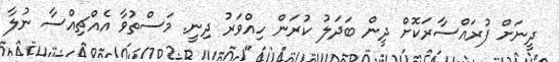
ދީނަށް ފުރައްސާރަކޮށް ދީން ބަދަލު ކުރަން ހިއްވަރު ދިނީ. މަސްތުވާ އެއްޗިއްސާ ނުލާ